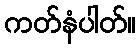
ကတ်နံပါတ်။